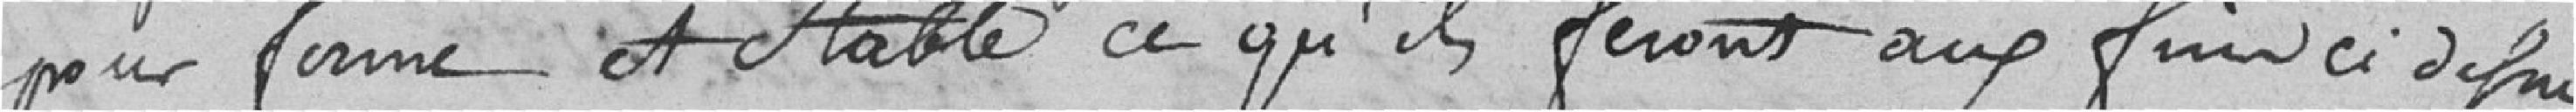
pour ferme et stable ce qu'ils feront aux fins ci-définis.